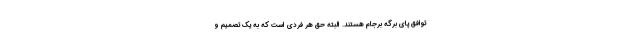
توافق پای برگه برجام هستند. البته حق هر فردی است که به یک تصمیم و